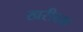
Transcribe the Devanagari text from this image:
खरीदवा